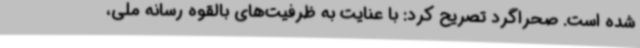
شده‌ است. صحراگرد تصریح کرد: با عنایت به ظرفیت‌های بالقوه رسانه ملی،